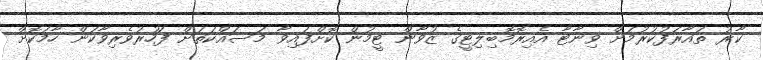
ކާރު ތައާރަފުކުރުމަށް ވިނާޓާ އެއިރޮމޮބިލިޓީގެ ޒުވާން ޓީމުން ކޮށްފައިވާ މަސައްކަތަށް ފަހުރުވެރިވާކަން ހާމަކޮށް